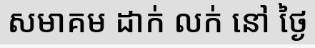
សមាគម ដាក់ លក់ នៅ ថ្ងៃ